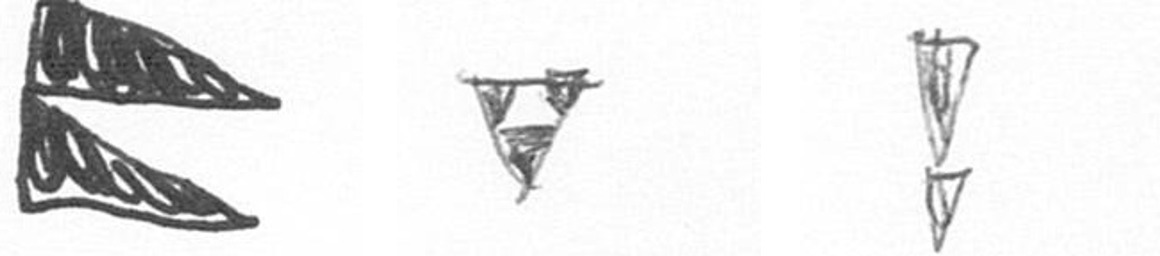
P S Z